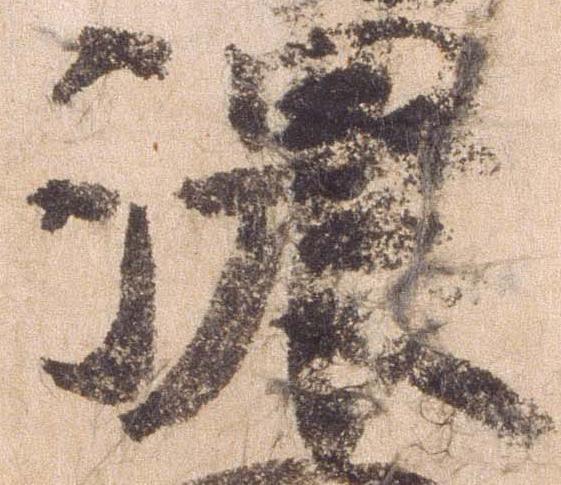
濃